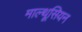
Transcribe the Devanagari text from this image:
माल्थूसियन